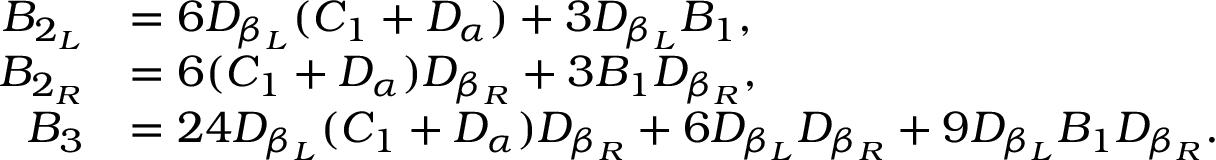
\begin{array} { r l } { B _ { 2 _ { L } } } & { = 6 D _ { \beta _ { L } } ( C _ { 1 } + D _ { \alpha } ) + 3 D _ { \beta _ { L } } B _ { 1 } \mathrm { , } } \\ { B _ { 2 _ { R } } } & { = 6 ( C _ { 1 } + D _ { \alpha } ) D _ { \beta _ { R } } + 3 B _ { 1 } D _ { \beta _ { R } } \mathrm { , } } \\ { B _ { 3 } } & { = 2 4 D _ { \beta _ { L } } ( C _ { 1 } + D _ { \alpha } ) D _ { \beta _ { R } } + 6 D _ { \beta _ { L } } D _ { \beta _ { R } } + 9 D _ { \beta _ { L } } B _ { 1 } D _ { \beta _ { R } } \mathrm { . } } \end{array}